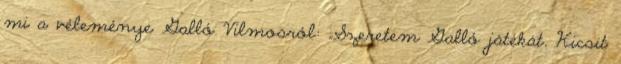
mi a véleménye Galló Vilmosról: „Szeretem Galló játékát. Kicsit